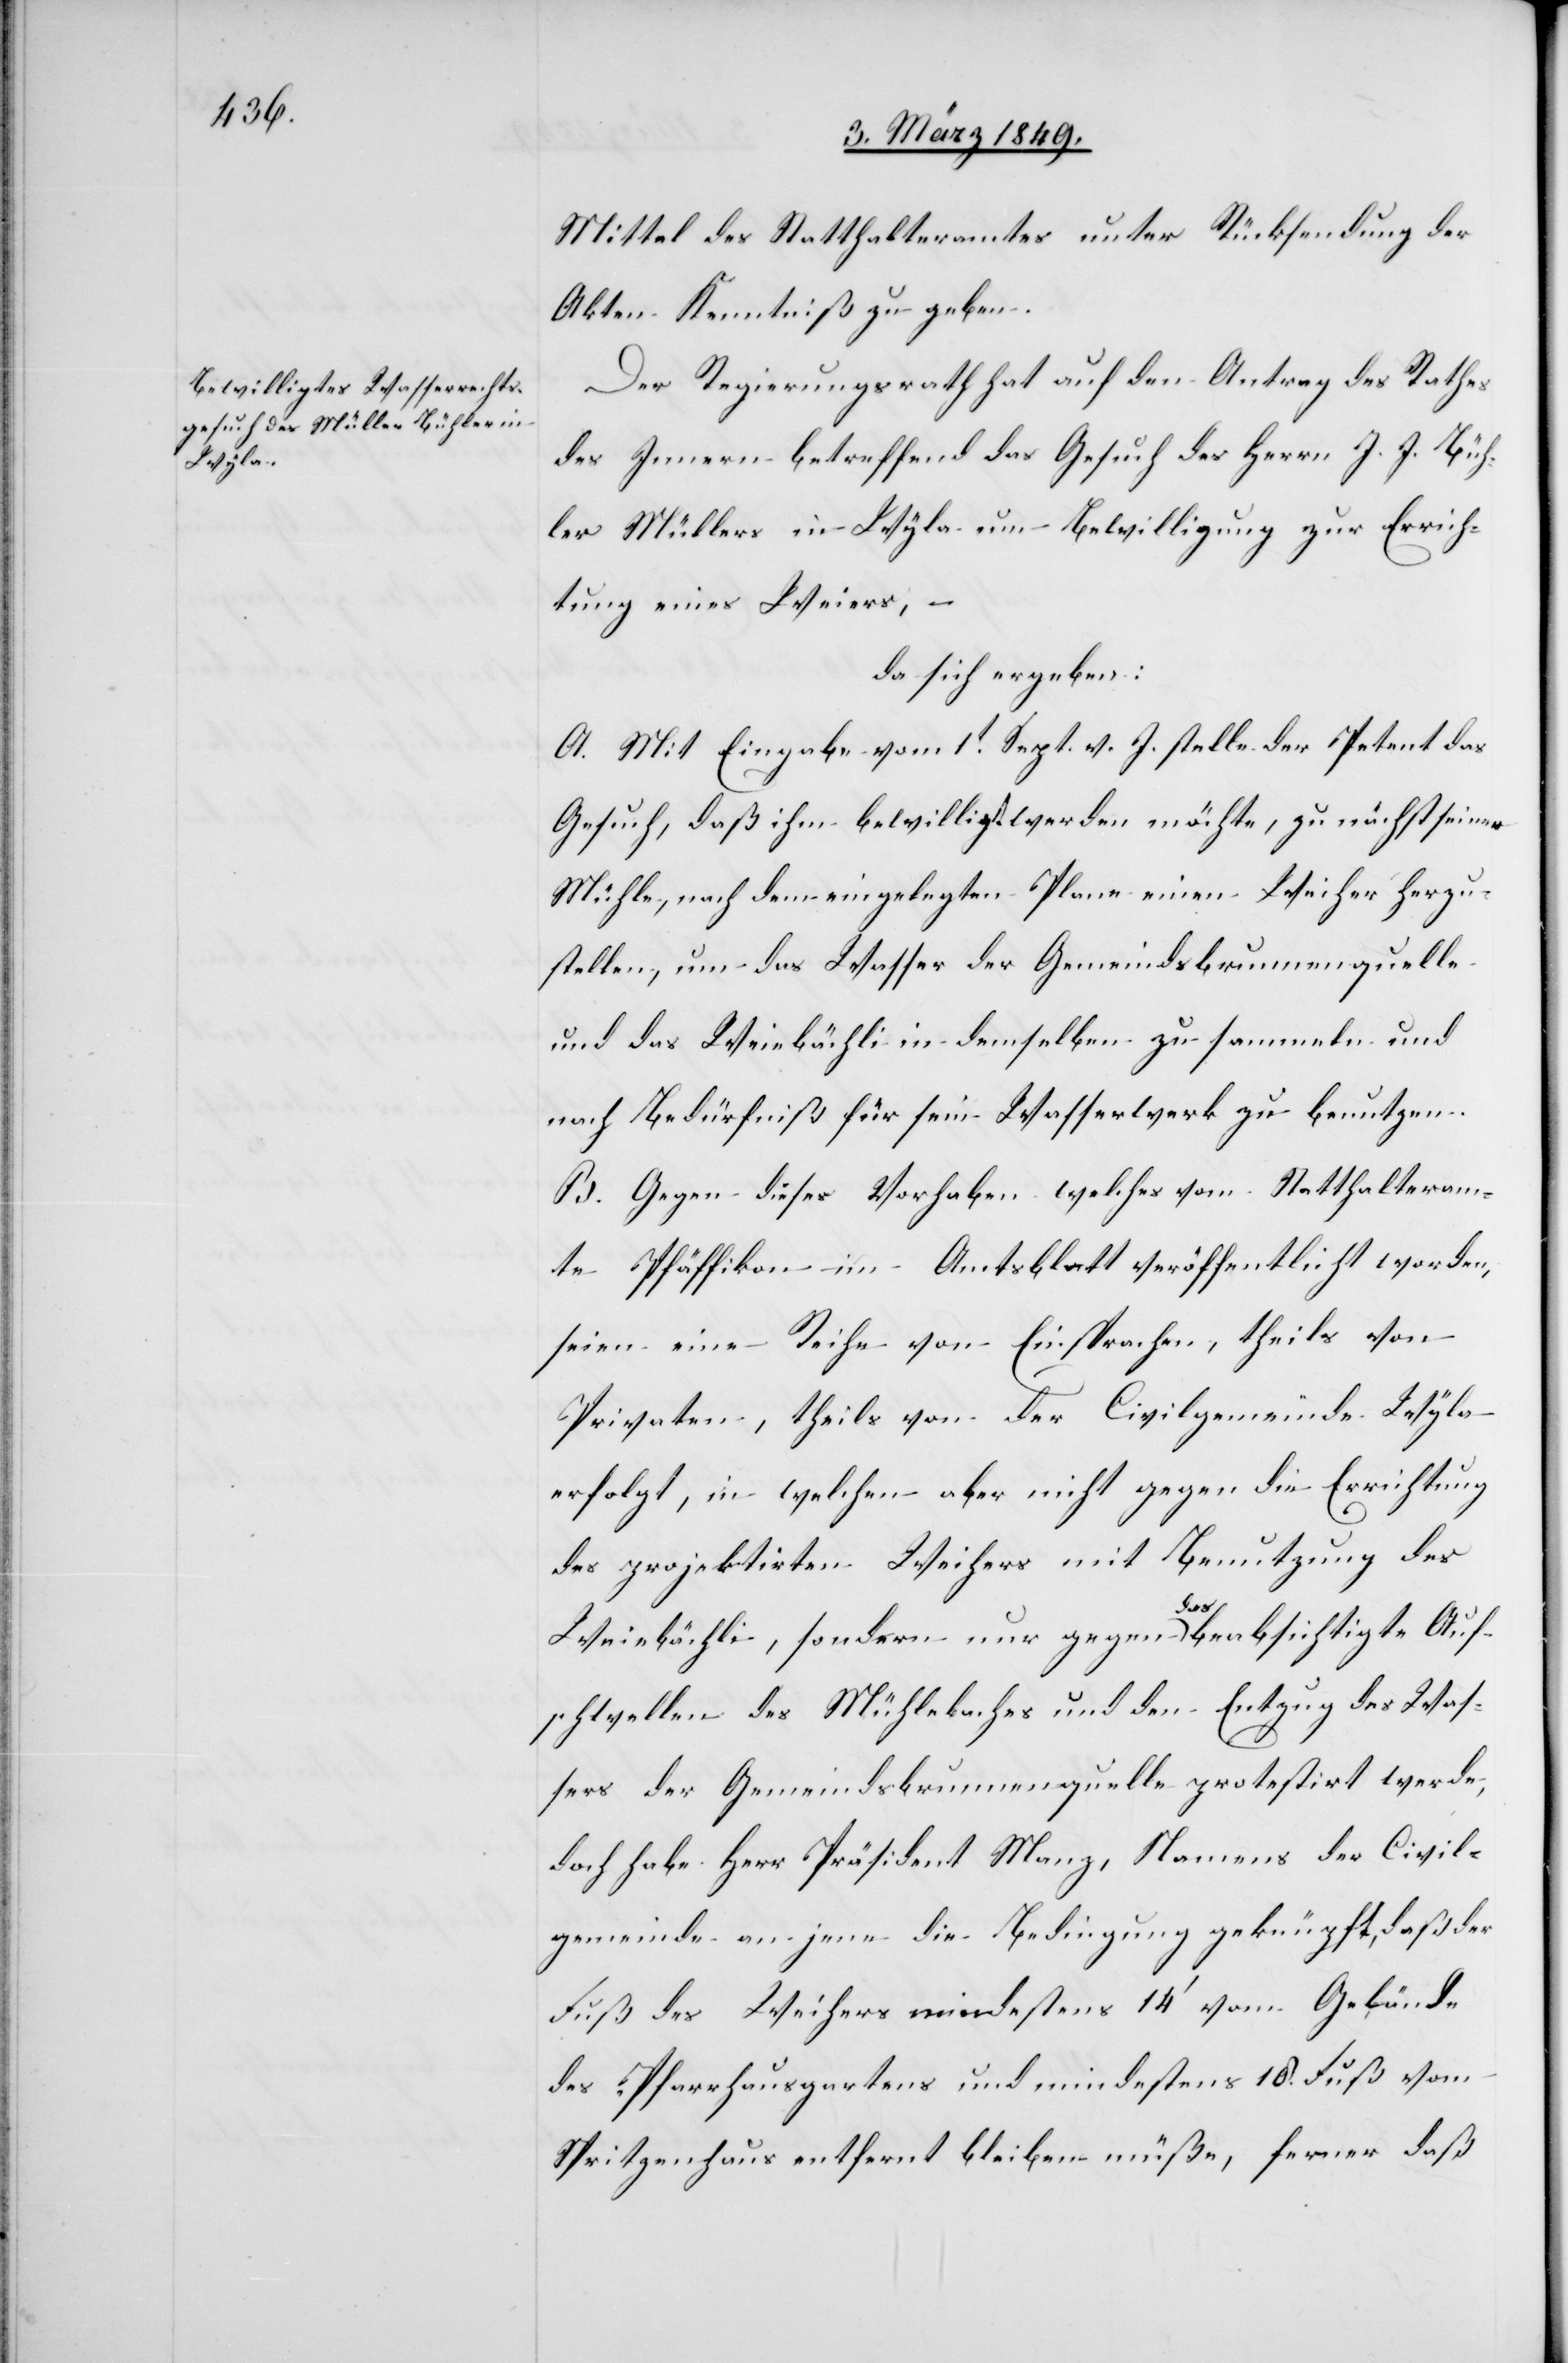
Mittel des Statthalteramtes unter Rücksendung der
Akten Kenntniß zu geben.
Der Regierungsrath hat auf den Antrag des Rathes
des Innern betreffend das Gesuch des Herrn J. J. Büh¬
ler Müllers in Wyla um Bewilligung zur Errich¬
tung eines Weiers,
da sich ergeben:
A. Mit Eingabe vom 1t. Sept. v. J. stelle der Petent das
Gesuch, daß ihm bewilligt werden möchte, zu nächst seiner
Mühle, nach dem eingelegten Plane einen Weiher herzu¬
stellen, um das Wasser der Gemeindsbrunnenquelle
und das Weiebächli in demselben zu sammeln und
nach Bedürfniß für sein Wasserwerk zu benutzen.
B. Gegen dieses Vorhaben, welches vom Statthalteram¬
te Pfäffikon im Amtsblatt veröffentlicht worden,
seien eine Reihe von Einsprachen, theils von
Privaten, theils von der Civilgemeinde Wyla
erfolgt, in welchen aber nicht gegen die Errichtung
des projektirten Weihers mit Benutzung des
Weiebächli, sondern nur gegen das beabsichtigte Auf¬
schwellen des Mühlebaches und den Entzug des Was¬
sers der Gemeindsbrunnenquelle protestirt werde,
doch habe Herr Präsident Manz, Namens der Civil¬
gemeinde an jene die Bedingung geknüpft, daß der
Fuß des Weihers mindestens 14’ vom Gelände
des Pfarrhausgartens und mindestens 18. Fuß vom
Spritzenhaus entfernt bleiben müße, ferner daß